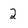
Character: 2